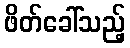
ဖိတ်ခေါ်သည့်